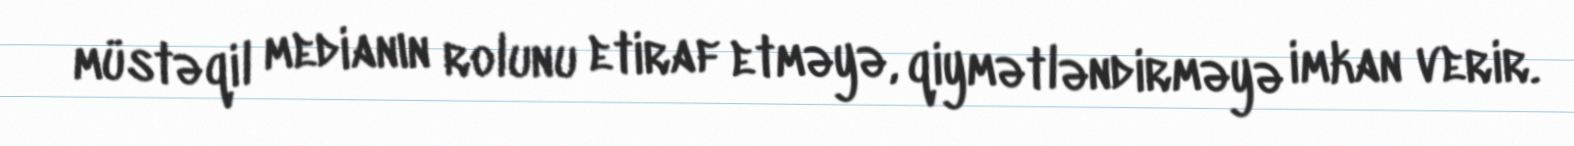
müstəqil medianın rolunu etiraf etməyə, qiymətləndirməyə imkan verir.